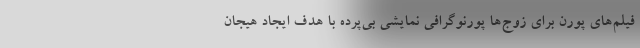
فیلم‌های پورن برای زوج‌ها پورنوگرافی نمایشی بی‌پرده با هدف ایجاد هیجان